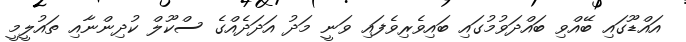
އައްޑޫގައި ބޭއްވި ބައްދަވުމުގައި ބައިވެރިވެފައި ވަނީ މަދު އަދަދެއްގެ ސްކޫލް ކުދިންނާއި ތައުލީމީ